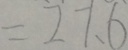
= 2 7 . 6